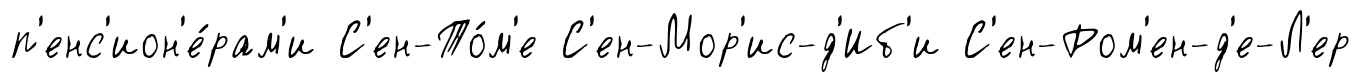
п'енс'ион'е́рам'и С'ен-То́м'е С'ен-Мор'ис-д'Иб'и С'ен-Ром'ен-д'е-Л'ер